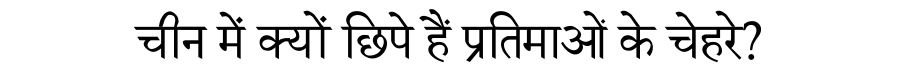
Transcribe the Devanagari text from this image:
चीन में क्यों छिपे हैं प्रतिमाओं के चेहरे?